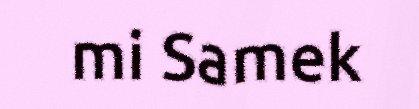
mi Samek